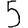
Digit: 5